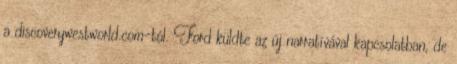
a discoverywestworld.com-tól. Ford küldte az új narratívával kapcsolatban, de